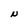
Character: N